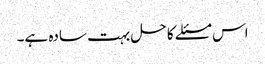
اس مسئلے کا حل بہت سادہ ہے۔